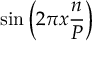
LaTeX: \sin \left( 2 \pi x { \frac { n } { P } } \right)